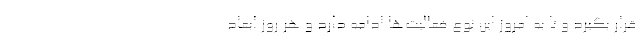
قرار بگیرد و تا به امروز این نوع فعالیت‌ها ادامه دارد و هر روز ابعاد